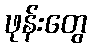
ဖုန်းတွေ